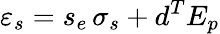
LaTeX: \varepsilon_{s}={s_{e}}\, {\sigma_{s}}+{d^{T}}{E_{p}}